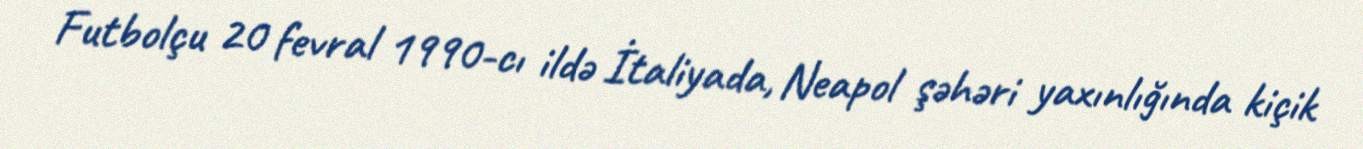
Futbolçu 20 fevral 1990-cı ildə İtaliyada, Neapol şəhəri yaxınlığında kiçik